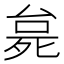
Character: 𬆗